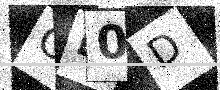
Text: OB0D